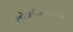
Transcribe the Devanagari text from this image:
लोकोपकारकः